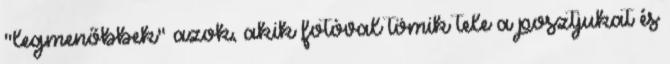
"legmenőbbek" azok, akik fotóval tömik tele a posztjukat és